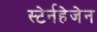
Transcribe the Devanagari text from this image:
स्टेर्नहेजेन